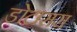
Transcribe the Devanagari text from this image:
डोटासरा